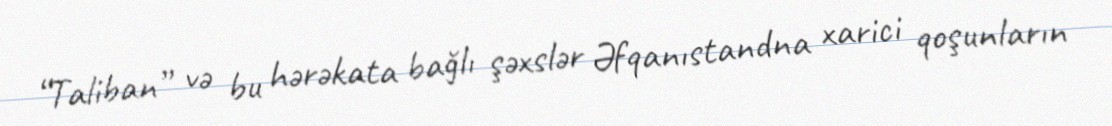
“Taliban” və bu hərəkata bağlı şəxslər Əfqanıstandna xarici qoşunların